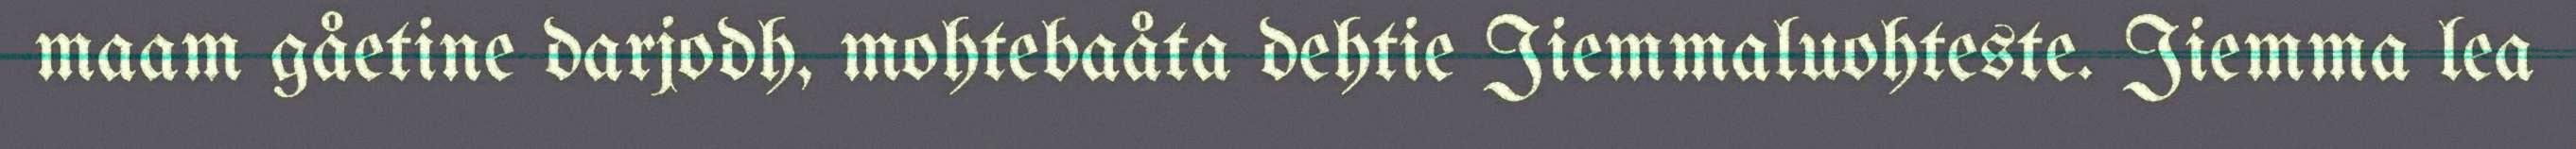
maam gåetine darjodh, mohtebaåta dehtie Jiemmaluohteste. Jiemma lea